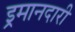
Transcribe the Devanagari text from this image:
इ्रमानदारी